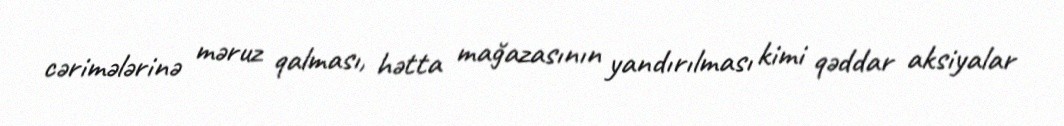
cərimələrinə məruz qalması, hətta mağazasının yandırılması kimi qəddar aksiyalar